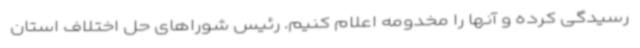
رسیدگی کرده و آنها را مخدومه اعلام کنیم. رئیس شوراهای حل اختلاف استان